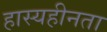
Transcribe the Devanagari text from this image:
हास्यहीनता